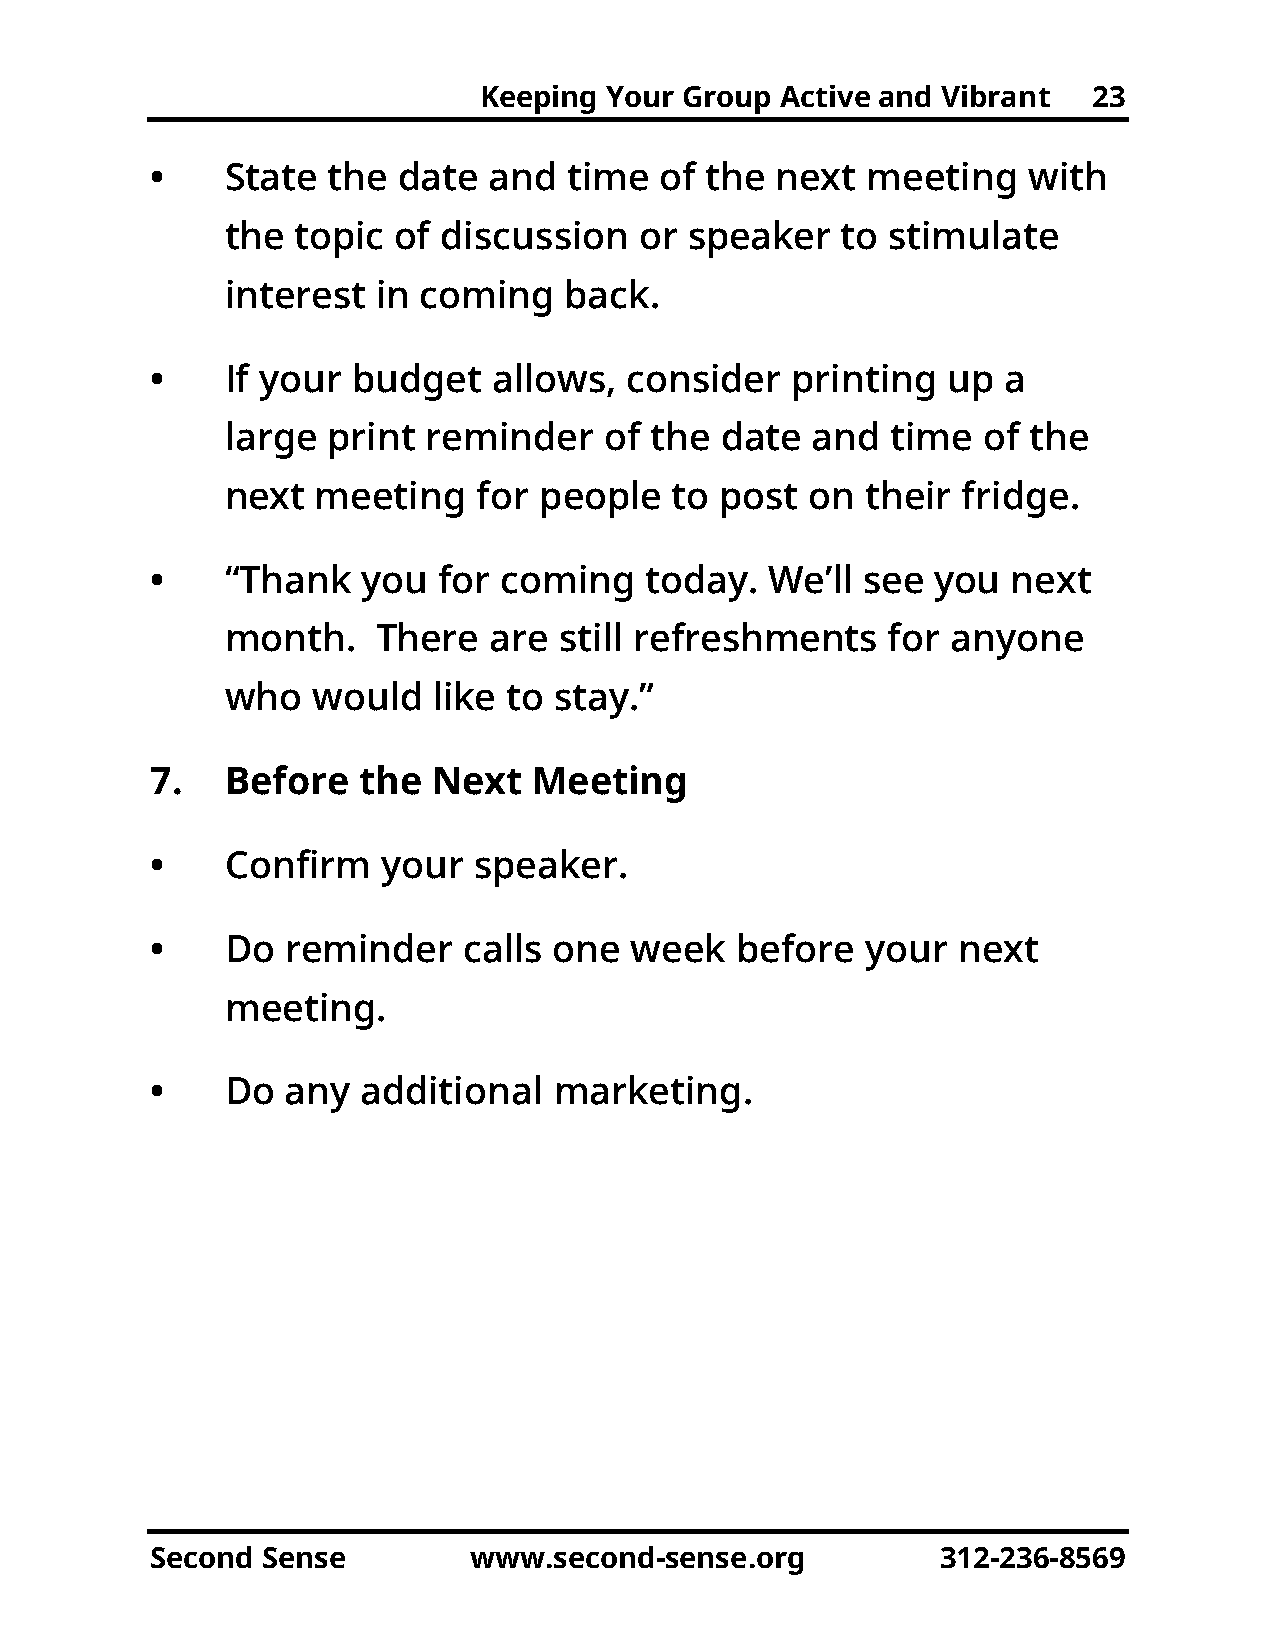
Keeping Your Group  Active and Vibrant  23
 •    State  the date  and   time  of the next  meeting    with
 the  topic of discussion   or  speaker   to stimulate
 interest  in coming   back.
 •    If your budget    allows,  consider  printing   up a
 large  print reminder    of the  date  and  time  of the
 next  meeting    for people  to  post  on their  fridge.
 •    “Thank   you  for coming    today.  We’ll see  you  next
 month.    There  are  still refreshments    for anyone
 who   would   like to stay.”
 7.   Before   the  Next  Meeting
 •    Confirm   your  speaker.
 •    Do  reminder    calls one  week   before  your  next
 meeting.
 •    Do  any  additional   marketing.
 Second Sense         www.second-sense.org           312-236-8569